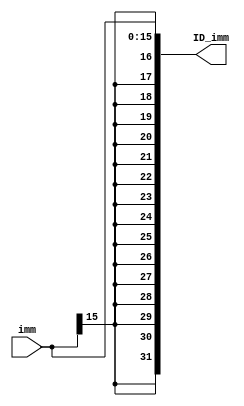
`ifndef _s_extend_v_
`define _s_extend_v_
`endif

module s_extend(imm, ID_imm);

  input wire [15:0] imm;
  output wire [31:0] ID_imm;
  
  assign ID_imm = { {16{imm[15]}} , imm};

endmodule